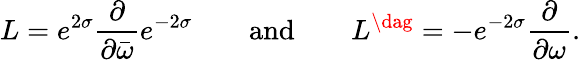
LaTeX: L=e^{2\sigma}\frac{\partial}{\partial\bar{\omega}}e^{-2\sigma}\qquad\mathrm{and}\qquad L^{\dag}=-e^{-2\sigma}\frac{\partial}{\partial\omega}.